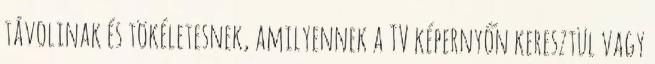
távolinak és tökéletesnek, amilyennek a TV képernyőn keresztül vagy